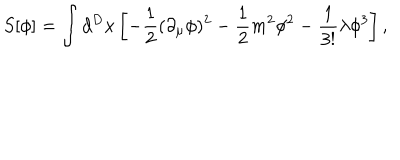
S [ \phi ] = \int d ^ { D } x \left[ - { \frac { 1 } { 2 } } ( \partial _ { \mu } \phi ) ^ { 2 } - { \frac { 1 } { 2 } } m ^ { 2 } \phi ^ { 2 } - { \frac { 1 } { 3 ! } } \lambda \phi ^ { 3 } \right] ,